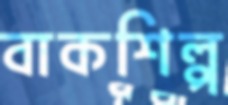
বাকশিল্প